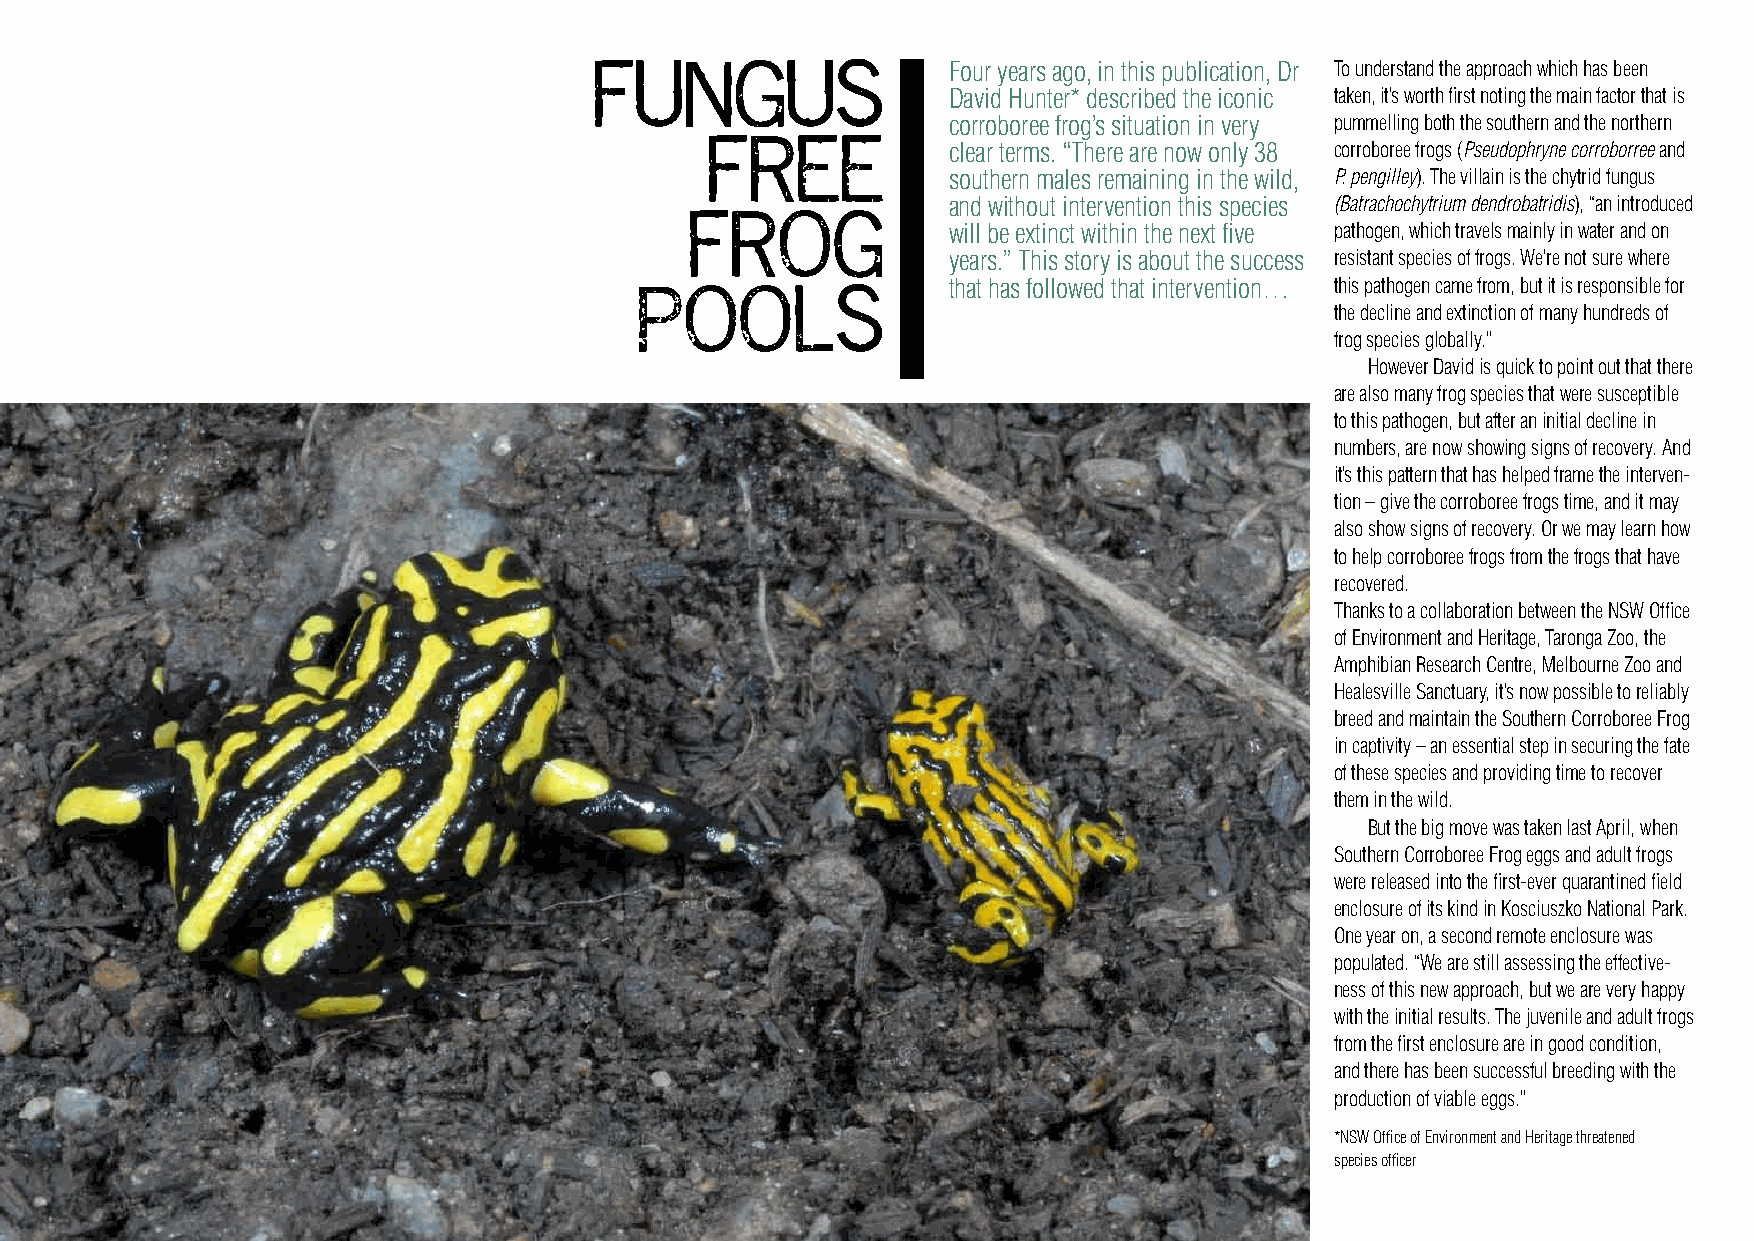
Four years ago, in this publication, Dr To understand the approach which has been
 FUNGUS
 David Hunter* described the iconic taken, it’s worth first noting the main factor that is
 corroboree frog’s situation in very pummelling both the southern and the northern
 clear terms. “There are now only 38 corroboree frogs (Pseudophryne corroborree and
 FREE
 southern males remaining in the wild, P. pengilley). The villain is the chytrid fungus
 and without intervention this species (Batrachochytrium dendrobatridis), “an introduced
 FROG             will be extinct within the next five pathogen, which travels mainly in water and on
 years.” This story is about the success resistant species of frogs. We’re not sure where
 that has followed that intervention… this pathogen came from, but it is responsible for
 POOLS                                         the decline and extinction of many hundreds of
 frog species globally.”
 However David is quick to point out that there
 are also many frog species that were susceptible
 to this pathogen, but after an initial decline in
 numbers, are now showing signs of recovery. And
 it’s this pattern that has helped frame the interven-
 tion – give the corroboree frogs time, and it may
 also show signs of recovery. Or we may learn how
 to help corroboree frogs from the frogs that have
 recovered.
 Thanks to a collaboration between the NSW Office
 of Environment and Heritage, Taronga Zoo, the
 Amphibian Research Centre, Melbourne Zoo and
 Healesville Sanctuary, it’s now possible to reliably
 breed and maintain the Southern Corroboree Frog
 in captivity – an essential step in securing the fate
 of these species and providing time to recover
 them in the wild.
 But the big move was taken last April, when
 Southern Corroboree Frog eggs and adult frogs
 were released into the first-ever quarantined field
 enclosure of its kind in Kosciuszko National Park.
 One year on, a second remote enclosure was
 populated. “We are still assessing the effective-
 ness of this new approach, but we are very happy
 with the initial results. The juvenile and adult frogs
 from the first enclosure are in good condition,
 and there has been successful breeding with the
 production of viable eggs.”
 *NSW Office of Environment and Heritage threatened
 species officer